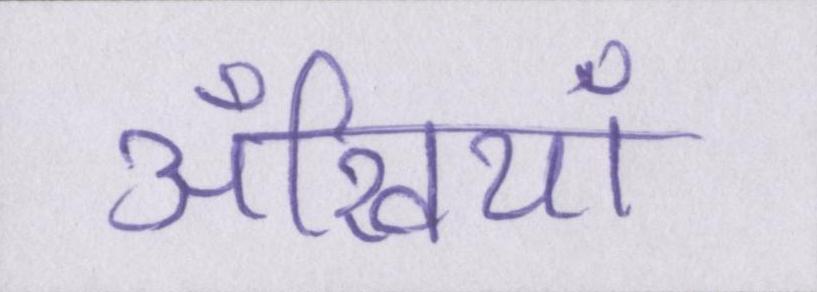
अँखियाँ